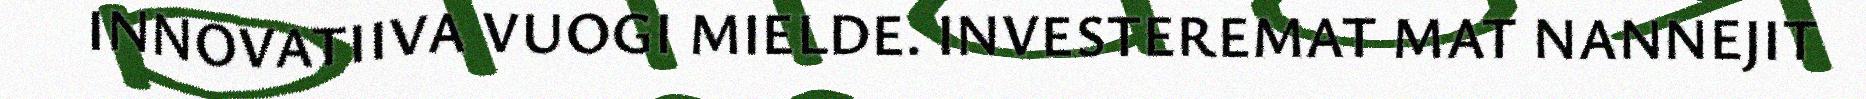
INNOVATIIVA VUOGI MIELDE. INVESTEREMAT MAT NANNEJIT